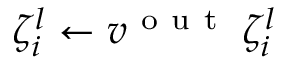
\zeta _ { i } ^ { l } \gets v ^ { \mathrm { ~ o ~ u ~ t ~ } } \: \zeta _ { i } ^ { l }